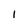
Character: 1